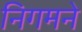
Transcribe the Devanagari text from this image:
निगमने